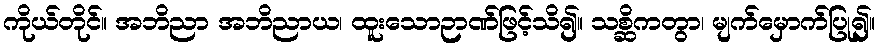
ကိုယ်တိုင်။ အဘိညာ အဘိညာယ၊ ထူးသောဉာဏ်ဖြင့်သိ၍။ သစ္ဆိကတွာ၊ မျက်မှောက်ပြု၍။